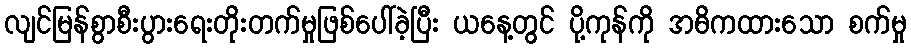
လျင်မြန်စွာစီးပွားရေးတိုးတက်မှုဖြစ်ပေါ်ခဲ့ပြီး ယနေ့တွင် ပို့ကုန်ကို အဓိကထားသော စက်မှု